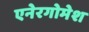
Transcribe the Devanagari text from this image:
एनेरगोमेश